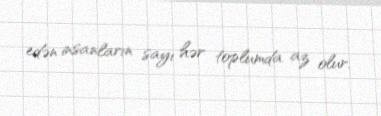
edən insanların sayı hər toplumda az olur.